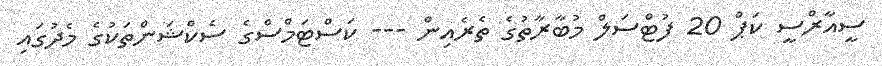
ސީއާރްސީ ކަޕް 20 ފުޓްސަލް މުބާރާތުގެ ތެރެއިން --- ކަސްޓަމްސްގެ ސެކްޝަންތަކުގެ މެދުގައި